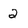
Character: 2